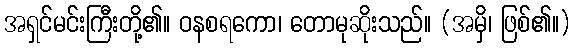
အရှင်မင်းကြီးတို့၏။ ဝနစရကော၊ တောမုဆိုးသည်။ (အမှိ၊ ဖြစ်၏။)